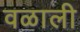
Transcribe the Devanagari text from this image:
वळाली